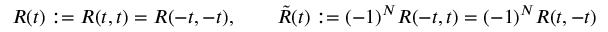
R ( t ) : = R ( t , t ) = R ( - t , - t ) , \qquad \tilde { R } ( t ) : = ( - 1 ) ^ { N } R ( - t , t ) = ( - 1 ) ^ { N } R ( t , - t )